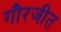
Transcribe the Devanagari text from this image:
गौरजीत